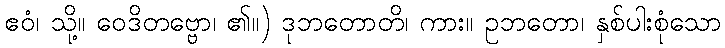
ဧဝံ၊ သို့။ ဝေဒိတဗ္ဗော၊ ၏။) ဒုဘတောတိ၊ ကား။ ဥဘတော၊ နှစ်ပါးစုံသော